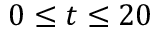
0 \le t \le 2 0